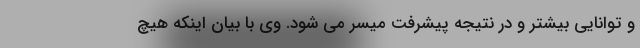
و توانایی بیشتر و در نتیجه پیشرفت میسر می شود. وی با بیان اینکه هیچ